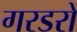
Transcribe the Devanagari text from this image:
गरडरों